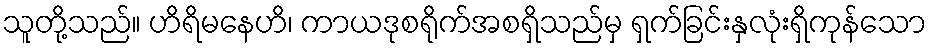
သူတို့သည်။ ဟိရိမနေဟိ၊ ကာယဒုစရိုက်အစရှိသည်မှ ရှက်ခြင်းနှလုံးရှိကုန်သော